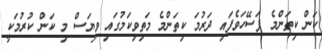
ކަން ކިތަންމެ ފަސޭހަވެފައި ދަރުމަ ކިތަންމެ މަތިވިކަމުގައި ވިޔަސް މި ކަން ކުރުމަކީ